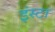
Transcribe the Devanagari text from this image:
इंस्टा